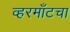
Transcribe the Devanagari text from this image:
व्हरमाँटचा